Indian journal of veterinary science and animal husbandry - Volumes 15-17, 1948-1951
Year: 1948
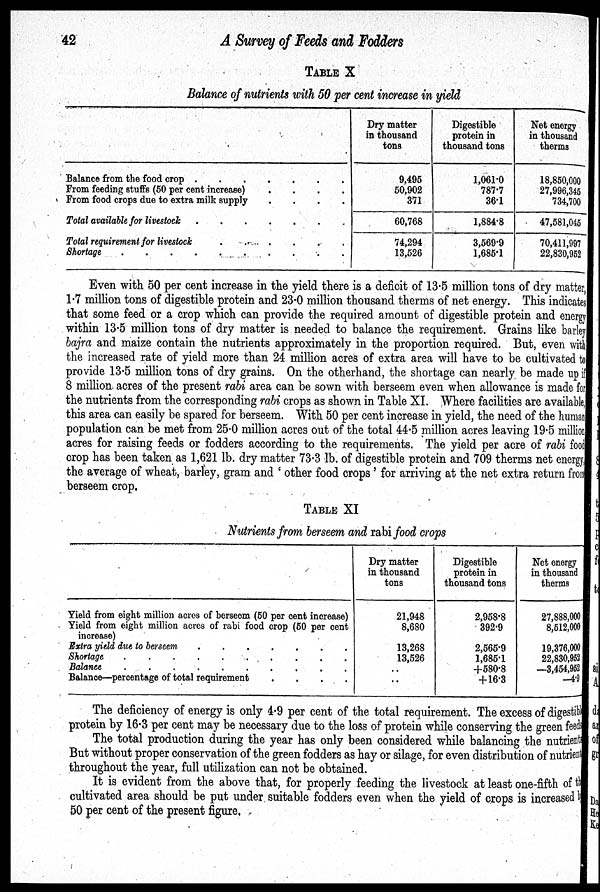
42
A Survey of Feeds and Fodders
TABLE X
Balance of nutrients with 50 per cent increase in yield
Balance from the food crop . . . . . . .
From feeding stuffs (50 per cent increase)
.
.
.
.
From food crops due to extra milk supply
.
.
.
.
Total available for livestock . . . . . . .
Total requirement for livestock . . . . . . .
Shortage . . . . . . . . . .
Dry matter
in thousand
tons
9,495
50,902
371
60,768
74,294
13,526
Digestible
protein in
thousand tons
1,061.0
787.7
36.1
1,884.8
3,569.9
1,685.1
Net energy
in thousand
therms
18,850,000
27,996,345
734,700
47,581,046
70,411,997
22,830,952
Even with 50 per cent increase in the yield there is a deficit of 13.5 million tons of dry matter,
1.7 million tons of digestible protein and 23.0 million thousand therms of net energy. This indicates
that some feed or a crop which can provide the required amount of digestible protein and energy
within 13.5 million tons of dry matter is needed to balance the requirement. Grains like barley
bajra and maize contain the nutrients approximately in the proportion required. But, even with
the increased rate of yield more than 24 million acres of extra area will have to be cultivated to
provide 13.5 million tons of dry grains. On the otherhand, the shortage can nearly be made up i f
8 million acres of the present rabi area can be sown with berseem even when allowance is made for
the nutrients from the corresponding rabi crops as shown in Table XI. Where facilities are available,
this area can easily be spared for berseem. With 50 per cent increase in yield, the need of the human
population can be met from 25.0 million acres out of the total 44.5 million acres leaving 19.5 million
acres for raising feeds or fodders according to the requirements. The yield per acre of rabi food
crop has been taken as 1,621 lb. dry matter 73.3 lb. of digestible protein and 709 therms net energy,
the average of wheat, barley, gram and 'other food crops' for arriving at the net extra return from
berseem crop.
TABLE XI
Nutrients from berseem and rabi food crops
Yield from eight million acres of berseem (50 per cent increase)
Yield from eight million acres of rabi food crop (50 per cent
increase)
Extra yield due to berseem . . . . . . .
Shortage . . . . . . .
Balance
.
.
.
.
.
.
.
.
.
.
Balance—percentage of total requirement
.
.
.
.
Dry matter
in thousand
tons
21,948
8,680
13,268
13,526
..
Digestible
protein in
thousand tons
2,958.8
392.9
2,565.9
1,685.1
+580.8
+ 16.3
Net energy
in thousand
therms
27,888,000
8,512,000
19,376,000
22,830,952
—3,454,952
—4.9
The deficiency of energy is only 4.9 per cent of the total requirement. The excess of digestible
protein by 16.3 per cent may be necessary due to the loss of protein while conserving the green feeds
The total production during the year has only been considered while balancing the nutrients
But without proper conservation of the green fodders as hay or silage, for even distribution of nutrient
throughout the year, full utilization can not be obtained.
It is evident from the above that, for properly feeding the livestock at least one-fifth of the
cultivated area should be put under suitable fodders even when the yield of crops is increased by
50 per cent of the present figure.